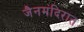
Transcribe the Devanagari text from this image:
जैनमंदिरात